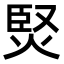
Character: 㷂